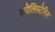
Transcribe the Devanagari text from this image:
फ़ोलिस्टेनिन